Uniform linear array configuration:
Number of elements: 48
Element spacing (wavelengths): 0.25
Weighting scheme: cosine
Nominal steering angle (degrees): -60
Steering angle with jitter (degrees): -60.58
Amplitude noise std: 0.05
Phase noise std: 0.05

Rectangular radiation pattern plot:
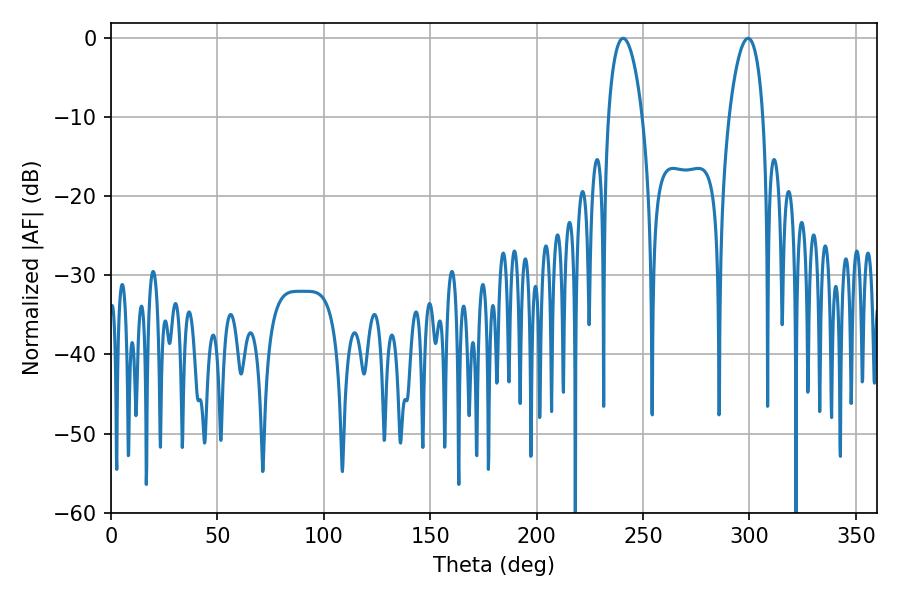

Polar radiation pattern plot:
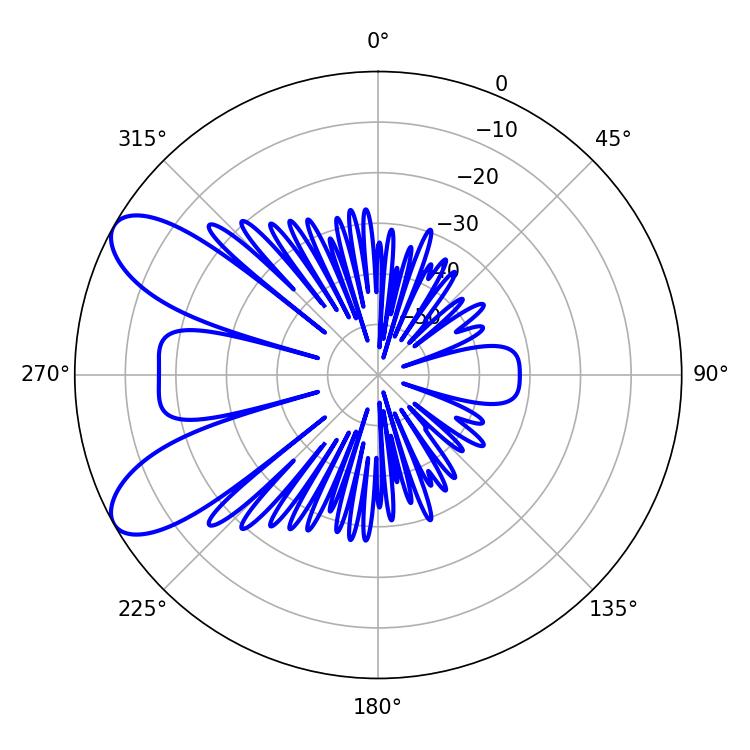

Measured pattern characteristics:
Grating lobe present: FALSE
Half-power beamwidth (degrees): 9
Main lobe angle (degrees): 240.66